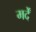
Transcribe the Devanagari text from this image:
मर्दें